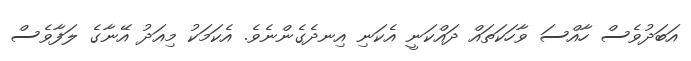
އަބަދުވެސް ހާއްސަ ވާހަކަތައް ދައްކަނީ އެކަނި އިނދެގެންނެވެ. އެކަމަކު މިއަދު އޭނާގެ ލަފާވެސް